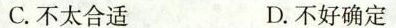
C.不太合适 D.不好确定